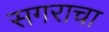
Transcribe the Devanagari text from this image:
सगराचा